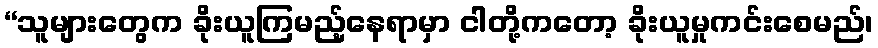
“သူများတွေက ခိုးယူကြမည့်နေရာမှာ ငါတို့ကတော့ ခိုးယူမှုကင်းစေမည်၊